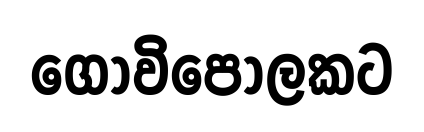
ගොවිපොලකට